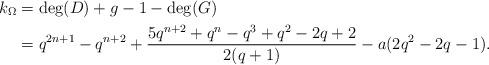
LaTeX: \begin{align*}k_{\Omega}&= \deg(D)+g-1-\deg (G)\\&=q^{2n+1}-q^{n+2}+\frac{5q^{n+2}+q^n-q^3+q^2-2q+2}{2(q+1)}-a(2q^2-2q-1).\end{align*}